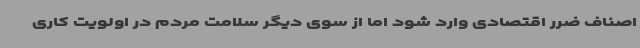
اصناف ضرر اقتصادی وارد شود اما از سوی دیگر سلامت مردم در اولویت کاری